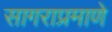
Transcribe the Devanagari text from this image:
सागराप्रमाणे